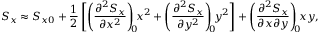
S _ { x } \approx S _ { x 0 } + \frac { 1 } { 2 } \left[ \left( \frac { \partial ^ { 2 } S _ { x } } { \partial x ^ { 2 } } \right) _ { \! \! 0 } \! \! x ^ { 2 } + \left( \frac { \partial ^ { 2 } S _ { x } } { \partial y ^ { 2 } } \right) _ { \! \! 0 } \! \! y ^ { 2 } \right] + \left( \frac { \partial ^ { 2 } S _ { x } } { \partial x \partial y } \right) _ { \! \! 0 } \! \! x y ,